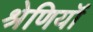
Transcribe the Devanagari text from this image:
श्रेणियॉं